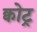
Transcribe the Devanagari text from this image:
क्वोट्र